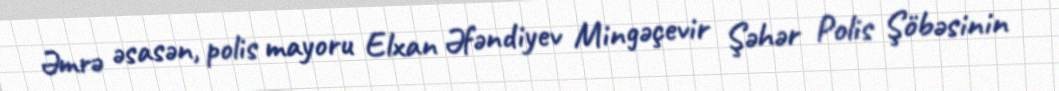
Əmrə əsasən, polis mayoru Elxan Əfəndiyev Mingəçevir Şəhər Polis Şöbəsinin